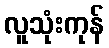
လူသုံးကုန်